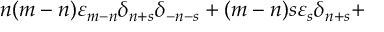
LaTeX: n ( m - n ) { \varepsilon } _ { m - n } { \delta } _ { n + s } { \delta } _ { - n - s } + ( m - n ) s { \varepsilon } _ { s } { \delta } _ { n + s } +